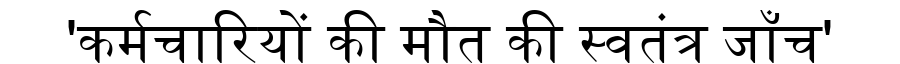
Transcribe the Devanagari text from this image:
'कर्मचारियों की मौत की स्वतंत्र जाँच'